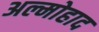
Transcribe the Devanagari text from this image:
अल्मोहाद